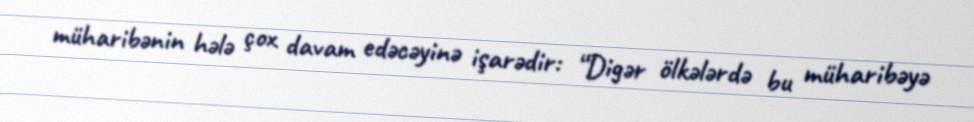
müharibənin hələ çox davam edəcəyinə işarədir: “Digər ölkələrdə bu müharibəyə